Lunatic asylums in Bengal annual reports 1899-1911 - 1899-1911
Year: 1899
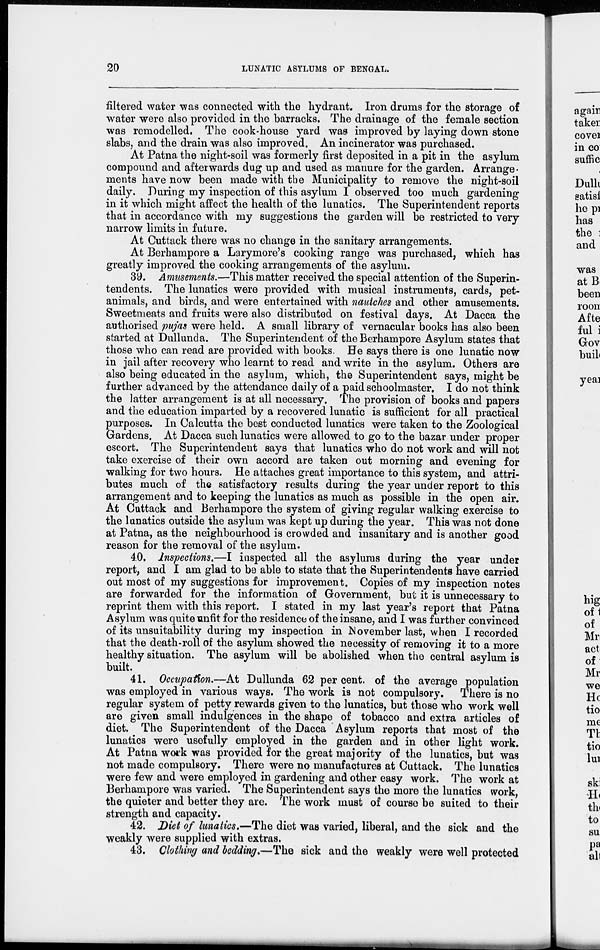
20
LUNATIC ASYLUMS OF BENGAL.
filtered water was connected with the hydrant. Iron drums for the storage of
water were also provided in the barracks. The drainage of the female section
was remodelled. The cook-house yard was improved by laying down stone
slabs, and the drain was also improved. An incinerator was purchased.
At Patna the night-soil was formerly first deposited in a pit in the asylum
compound and afterwards dug up and used as manure for the garden. Arrange-
ments have now been made with the Municipality to remove the night-soil
daily. During my inspection of this asylum I observed too much gardening
in it which might affect the health of the lunatics. The Superintendent reports
that in accordance with my suggestions the garden will be restricted to very
narrow limits in future.
At Cuttack there was no change in the sanitary arrangements.
At Berhampore a Larymore's cooking range was purchased, which has
greatly improved the cooking arrangements of the asylum.
39. Amusements.—This matter received the special attention of the Superin-
tendents. The lunatics were provided with musical instruments, cards, pet-
animals, and birds, and were entertained with nautches and other amusements.
Sweetmeats and fruits were also distributed on festival days. At Dacca the
authorised pujas were held. A small library of vernacular books has also been
started at Dullunda. The Superintendent of the Berhampore Asylum states that
those who can read are provided with books. He says there is one lunatic now
in jail after recovery who learnt to read and write in the asylum. Others are
also being educated in the asylum, which, the Superintendent says, might be
further advanced by the attendance daily of a paid schoolmaster. I do not think
the latter arrangement is at all necessary. The provision of books and papers
and the education imparted by a recovered lunatic is sufficient for all practical
purposes. In Calcutta the best conducted lunatics were taken to the Zoological
Gardens. At Dacca such lunatics were allowed to go to the bazar under proper
escort. The Superintendent says that lunatics who do not work and will not
take exercise of their own accord are taken out morning and evening for
walking for two hours. He attaches great importance to this system, and attri-
butes much of the satisfactory results during the year under report to this
arrangement and to keeping the lunatics as much as possible in the open air.
At Cuttack and Berhampore the system of giving regular walking exercise to
the lunatics outside the asylum was kept up during the year. This was not done
at Patna, as the neighbourhood is crowded and insanitary and is another good
reason for the removal of the asylum.
40. Inspections.—I inspected all the asylums during the year under
report, and I am glad to be able to state that the Superintendents have carried
out most of my suggestions for improvement. Copies of my inspection notes
are forwarded for the information of Government, but it is unnecessary to
reprint them with this report. I stated in my last year's report that Patna
Asylum was quite unfit for the residence of the insane, and I was further convinced
of its unsuitability during my inspection in November last, when I recorded
that the death-roll of the asylum showed the necessity of removing it to a more
healthy situation. The asylum will be abolished when the central asylum is
built.
41. Occupation.—At Dullunda 62 per cent. of the average population
was employed in various ways. The work is not compulsory. There is no
regular system of petty rewards given to the lunatics, but those who work well
are given small indulgences in the shape of tobacco and extra articles of
diet. The Superintendent of the Dacca Asylum reports that most of the
lunatics were usefully employed in the garden and in other light work.
At Patna work was provided for the great majority of the lunatics, but was
not made compulsory. There were no manufactures at Cuttack. The lunatics
were few and were employed in gardening and other easy work. The work at
Berhampore was varied. The Superintendent says the more the lunatics work,
the quieter and better they are. The work must of course be suited to their
strength and capacity.
42. Diet of lunatics.—The diet was varied, liberal, and the sick and the
weakly were supplied with extras.
43. Clothing and bedding.—The sick and the weakly were well protected